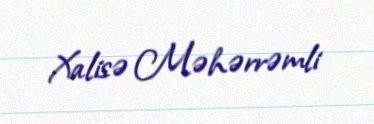
Xalisə Məhərrəmli